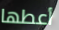
أعطها